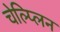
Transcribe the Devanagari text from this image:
चेल्प्लिन